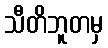
သီတိဘူတမှ